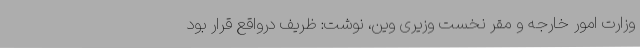
وزارت امور خارجه و مقر نخست وزیری وین، نوشت: ظریف درواقع قرار بود